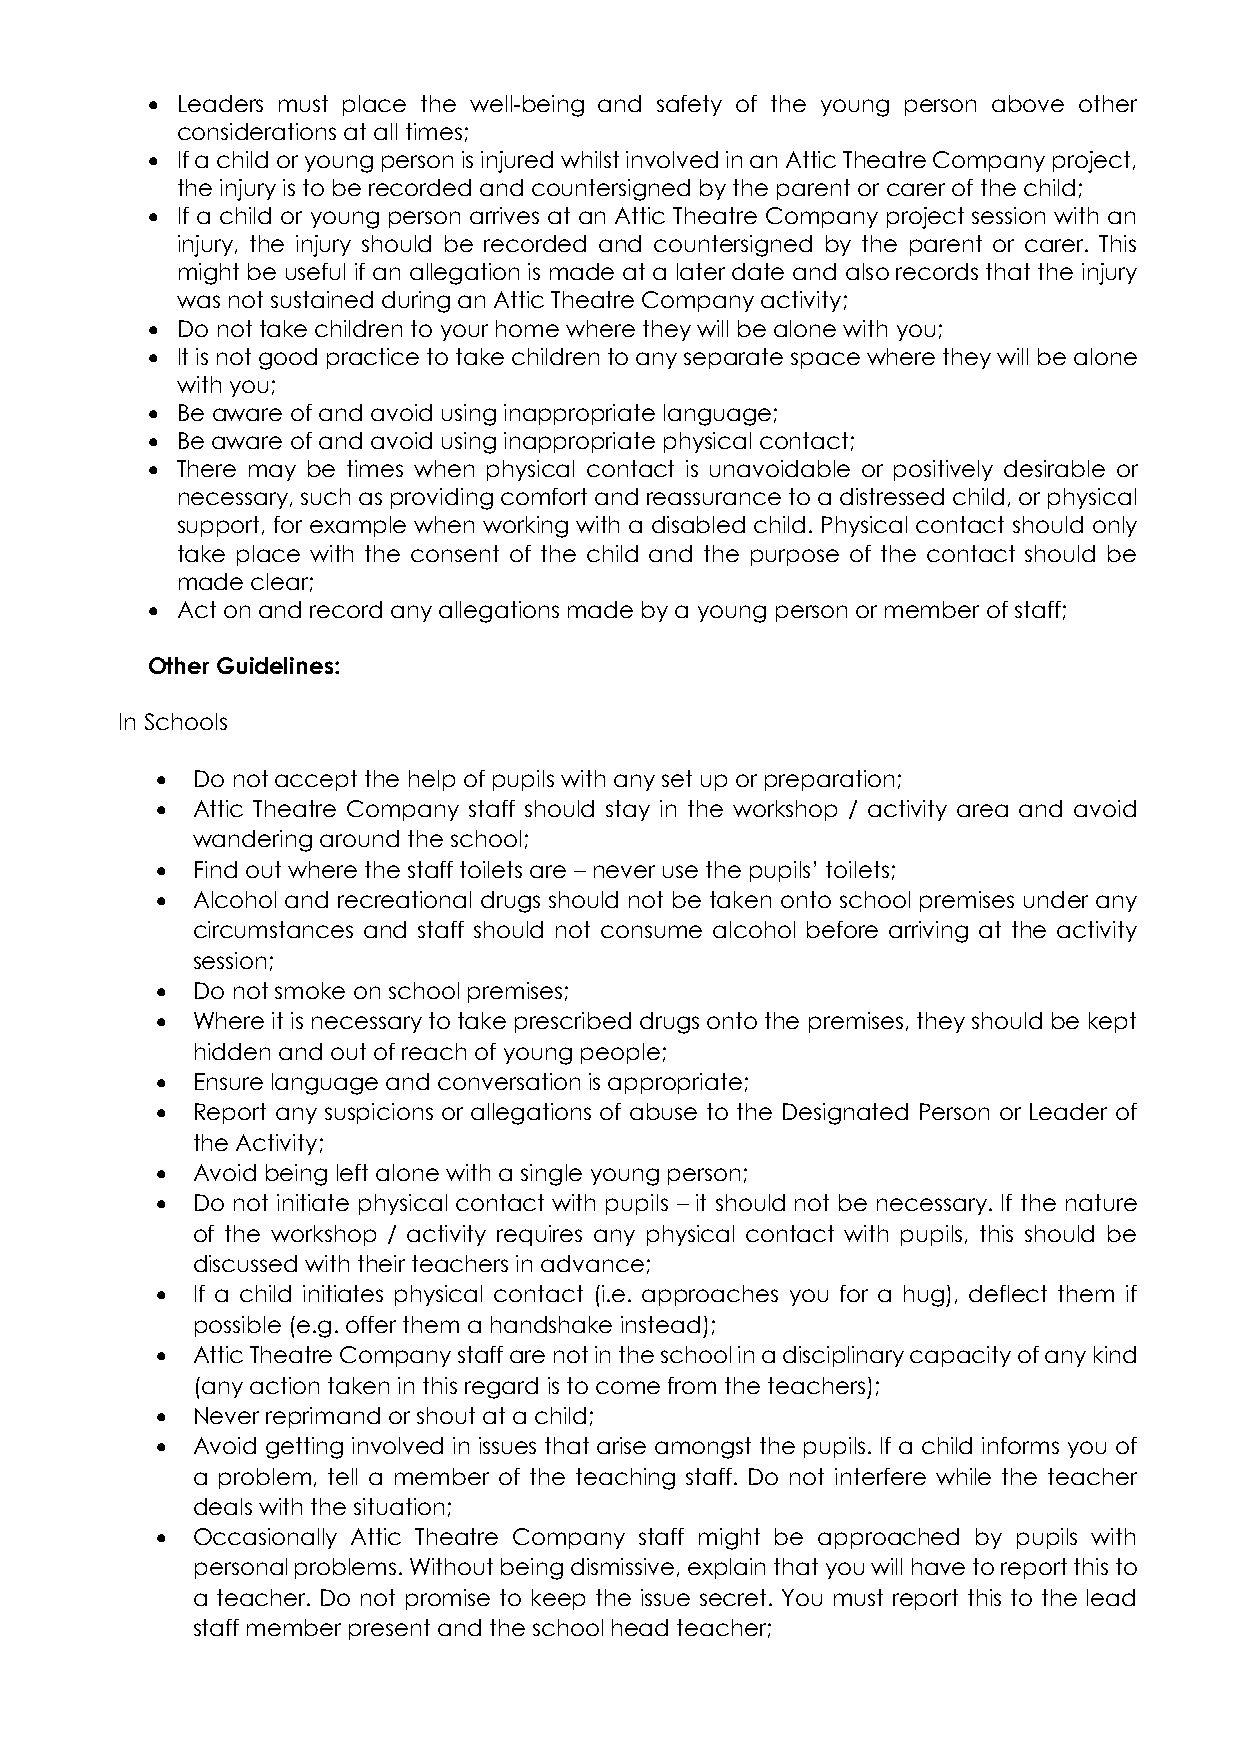
• Leaders must place the well-being and safety of the young person above other
 considerations at all times;
 • If a child or young person is injured whilst involved in an Attic Theatre Company project,
 the injury is to be recorded and countersigned by the parent or carer of the child;
 • If a child or young person arrives at an Attic Theatre Company project session with an
 injury, the injury should be recorded and countersigned by the parent or carer. This
 might be useful if an allegation is made at a later date and also records that the injury
 was not sustained during an Attic Theatre Company activity;
 • Do not take children to your home where they will be alone with you;
 • It is not good practice to take children to any separate space where they will be alone
 with you;
 • Be aware of and avoid using inappropriate language;
 • Be aware of and avoid using inappropriate physical contact;
 • There may be times when physical contact is unavoidable or positively desirable or
 necessary, such as providing comfort and reassurance to a distressed child, or physical
 support, for example when working with a disabled child. Physical contact should only
 take place with the consent of the child and the purpose of the contact should be
 made clear;
 • Act on and record any allegations made by a young person or member of staff;
 Other Guidelines:
 In Schools
 •  Do not accept the help of pupils with any set up or preparation;
 •  Attic Theatre Company staff should stay in the workshop / activity area and avoid
 wandering around the school;
 •  Find out where the staff toilets are – never use the pupils’ toilets;
 •  Alcohol and recreational drugs should not be taken onto school premises under any
 circumstances and staff should not consume alcohol before arriving at the activity
 session;
 •  Do not smoke on school premises;
 •  Where it is necessary to take prescribed drugs onto the premises, they should be kept
 hidden and out of reach of young people;
 •  Ensure language and conversation is appropriate;
 •  Report any suspicions or allegations of abuse to the Designated Person or Leader of
 the Activity;
 •  Avoid being left alone with a single young person;
 •  Do not initiate physical contact with pupils – it should not be necessary. If the nature
 of the workshop / activity requires any physical contact with pupils, this should be
 discussed with their teachers in advance;
 •  If a child initiates physical contact (i.e. approaches you for a hug), deflect them if
 possible (e.g. offer them a handshake instead);
 •  Attic Theatre Company staff are not in the school in a disciplinary capacity of any kind
 (any action taken in this regard is to come from the teachers);
 •  Never reprimand or shout at a child;
 •  Avoid getting involved in issues that arise amongst the pupils. If a child informs you of
 a problem, tell a member of the teaching staff. Do not interfere while the teacher
 deals with the situation;
 •  Occasionally Attic Theatre Company staff might be approached by pupils with
 personal problems. Without being dismissive, explain that you will have to report this to
 a teacher. Do not promise to keep the issue secret. You must report this to the lead
 staff member present and the school head teacher;